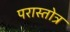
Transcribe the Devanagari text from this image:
परास्तोत्र